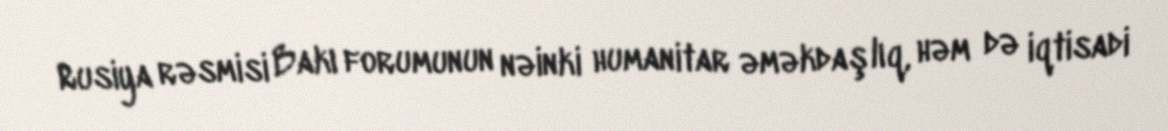
Rusiya rəsmisi Bakı forumunun nəinki humanitar əməkdaşlıq, həm də iqtisadi